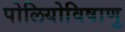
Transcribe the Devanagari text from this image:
पोलियोविषाणु